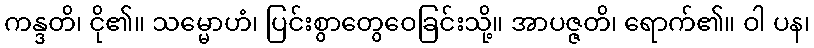
ကန္ဒတိ၊ ငို၏။ သမ္မောဟံ၊ ပြင်းစွာတွေဝေခြင်းသို့။ အာပဇ္ဇတိ၊ ရောက်၏။ ဝါ ပန၊